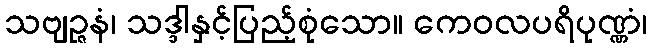
သဗျဉ္ဇနံ၊ သဒ္ဒါနှင့်ပြည့်စုံသော။ ကေဝလပရိပုဏ္ဏံ၊